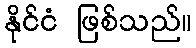
နိုင်ငံ ဖြစ်သည်။